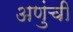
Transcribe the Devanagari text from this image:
अणुंची